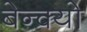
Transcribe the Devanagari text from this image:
बेन्क्यो